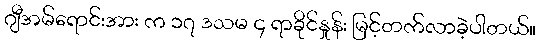
ဂျီအမ်ရောင်းအား က ၁၇ ဒသမ ၄ ရာခိုင်နှုန်း မြင့်တက်လာခဲ့ပါတယ်။